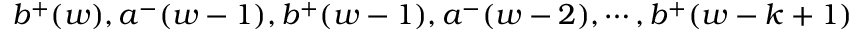
b ^ { + } ( w ) , a ^ { - } ( w - 1 ) , b ^ { + } ( w - 1 ) , a ^ { - } ( w - 2 ) , \cdots , b ^ { + } ( w - k + 1 )